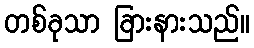
တစ်ခုသာ ခြားနားသည်။